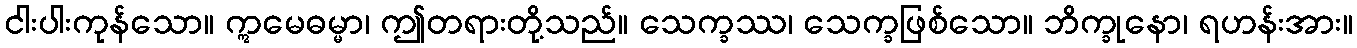
ငါးပါးကုန်သော။ ဣမေဓမ္မာ၊ ဤတရားတို့သည်။ သေက္ခဿ၊ သေက္ခဖြစ်သော။ ဘိက္ခုနော၊ ရဟန်းအား။